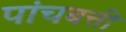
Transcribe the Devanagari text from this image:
पांचबत्ती